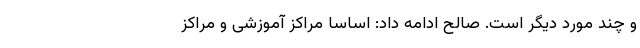
و چند مورد دیگر است. صالح ادامه داد: اساساً مراکز آموزشی و مراکز